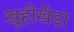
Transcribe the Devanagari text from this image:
खूहीखेड़ा